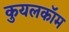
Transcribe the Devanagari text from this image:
कुयलकॉम